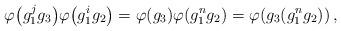
LaTeX: \begin{align*} \varphi \big( g^{j}_1 g_3 \big) \varphi \big( g^{i}_1 g_2 \big) = \varphi (g_3) \varphi (g^{n}_1 g_2) = \varphi (g_3 (g^{n}_1 g_2)) \,,\end{align*}